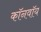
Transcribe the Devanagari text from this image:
कॉनवॉय